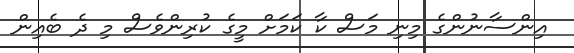
އިންސާނުންގެ މިނި މަސް ކާ ކަމަށް މީގެ ކުރިންވެސް މި ދެ ބެއިން